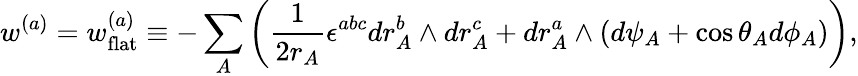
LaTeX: w^{(a)}=w_{\mathrm{flat}}^{(a)}\equiv-\sum_{A}\left(\frac{1}{2r_{A}}\epsilon^{abc}dr_{A}^{b}\wedge dr_{A}^{c}+dr_{A}^{a}\wedge(d\psi_{A}+\cos\theta_{A}d\phi_{A})\right),